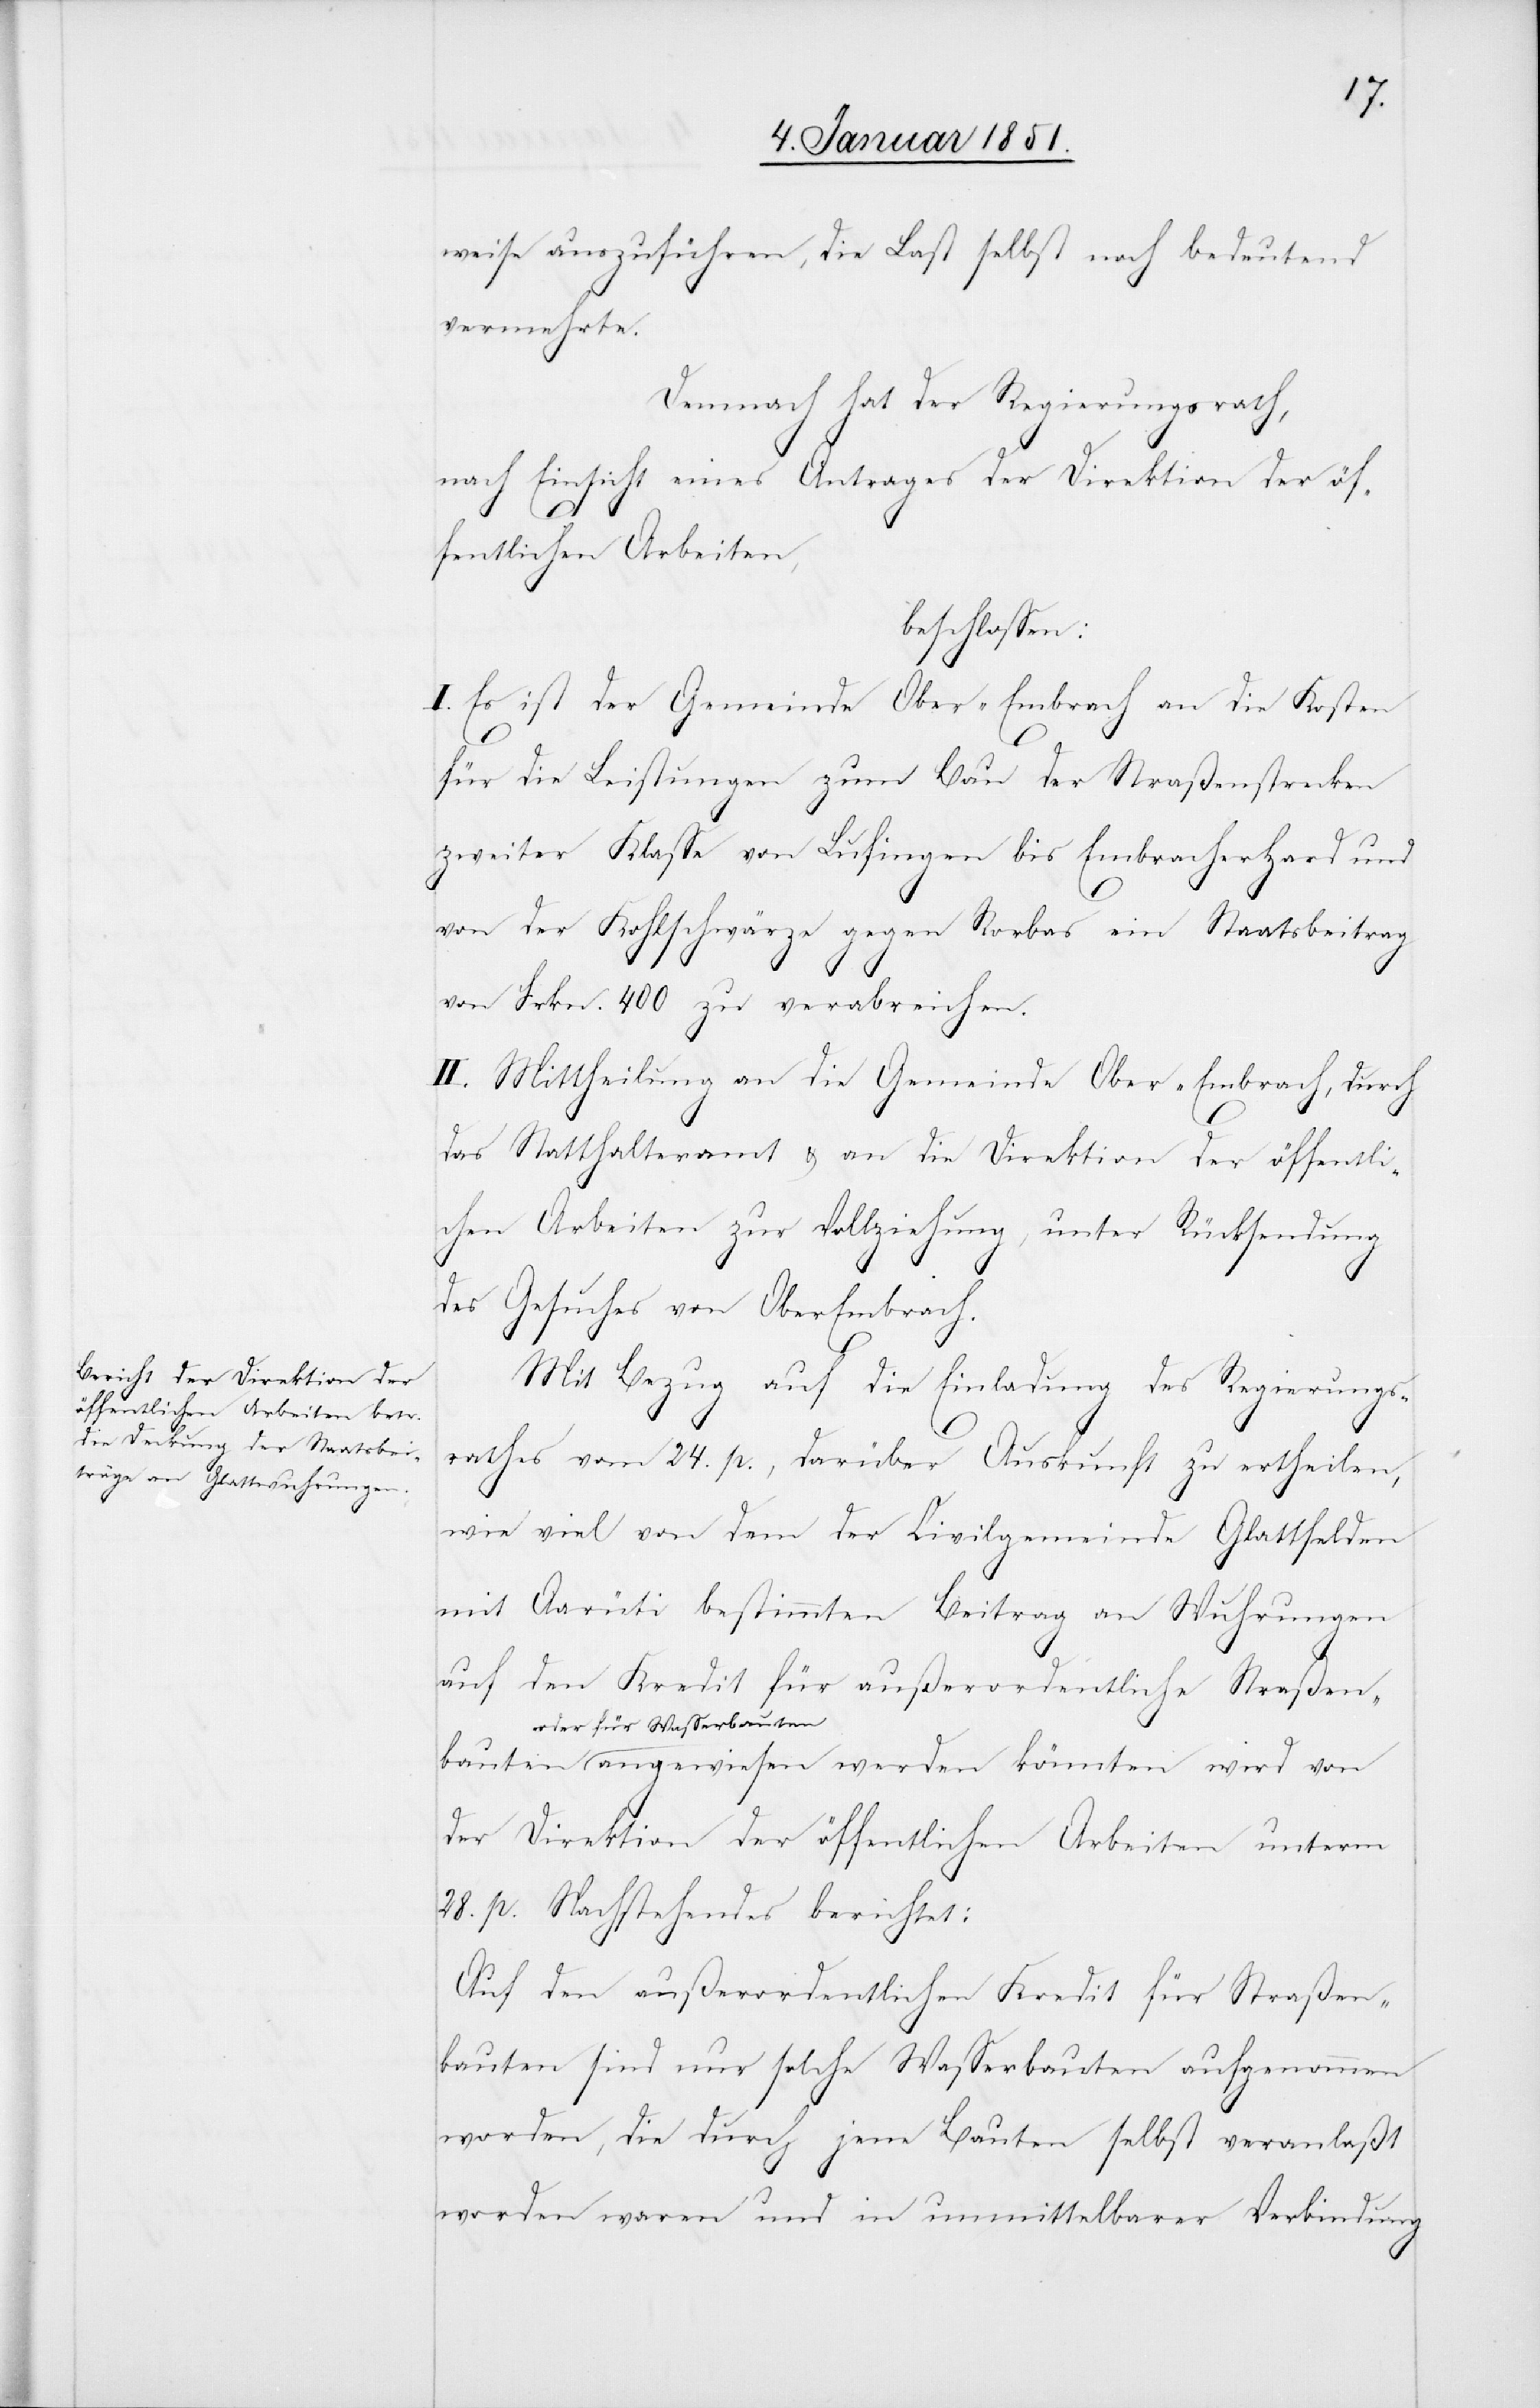
weise auszuführen, die Last selbst noch bedeutend
vermehrte.
Demnach hat der Regierungsrath,
nach Einsicht eines Antrages der Direktion der öf¬
fentlichen Arbeiten,
beschlossen:
I. Es ist der Gemeinde Ober-Embrach an die Kosten
für die Leistungen zum Bau der Straßenstrecken
zweiter Klasse von Lufingen bis Embracherhard und
von der Kohlschwärze gegen Rorbas ein Staatsbeitrag
bauten
von Frkn. 400 zu verabreichen.
II. Mittheilung an die Gemeinde Ober-Embrach, durch
das Statthalteramt & an die Direktion der öffentli¬
chen Arbeiten zur Vollziehung, unter Rücksendung
des Gesuches von Ober Embrach.
Mit Bezug auf die Einladung des Regierungs¬
rathes vom 24. p., darüber Auskunft zu ertheilen,
wie viel von dem der Civilgemeinde Glattfelden
mit Aarüti bestimmten Beitrag an Wuhrungen
auf den Kredit für außerordentliche Straßen¬
oder für Wasserbau¬
ten angewiesen werden könnten wird von
der Direktion der öffentlichen Arbeiten unterm
28. p. Nachstehendes berichtet:
Auf den außerordentlichen Kredit für Straßen¬
bauten sind nur solche Wasserbauten aufgenommen
worden, die durch jene Bauten selbst veranlaßt
worden waren und in unmittelbarer Verbindung